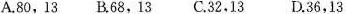
A.80，13B.68，13C.32，13D.36，13